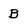
Character: B